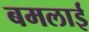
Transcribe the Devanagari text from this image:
बमलाई